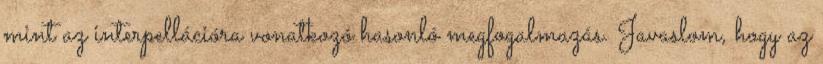
mint az interpellációra vonatkozó hasonló megfogalmazás. Javaslom, hogy az